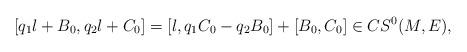
LaTeX: \begin{align*}\left[q_1l+B_0,q_2l+C_0\right]=\left[l,q_1C_0-q_2B_0\right]+\left[B_0,C_0\right]\in CS^0(M,E),\end{align*}